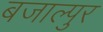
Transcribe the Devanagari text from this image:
बजाल्पुर